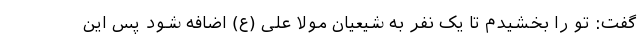
گفت: تو را بخشیدم تا یک نفر به شیعیان مولا علی (ع) اضافه شود پس این